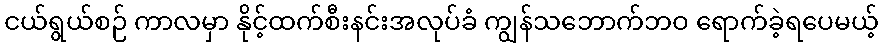
ငယ်ရွယ်စဉ် ကာလမှာ နိုင့်ထက်စီးနင်းအလုပ်ခံ ကျွန်သဘောက်ဘဝ ရောက်ခဲ့ရပေမယ့်